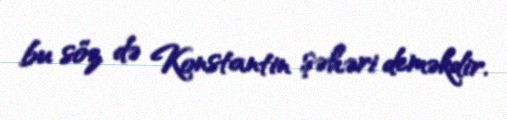
bu söz də Konstantin şəhəri deməkdir.